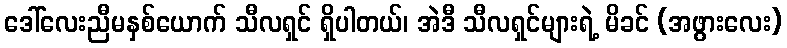
ဒေါ်လေးညီမနှစ်ယောက် သီလရှင် ရှိပါတယ်၊ အဲဒီ သီလရှင်များရဲ့ မိခင် (အဖွားလေး)